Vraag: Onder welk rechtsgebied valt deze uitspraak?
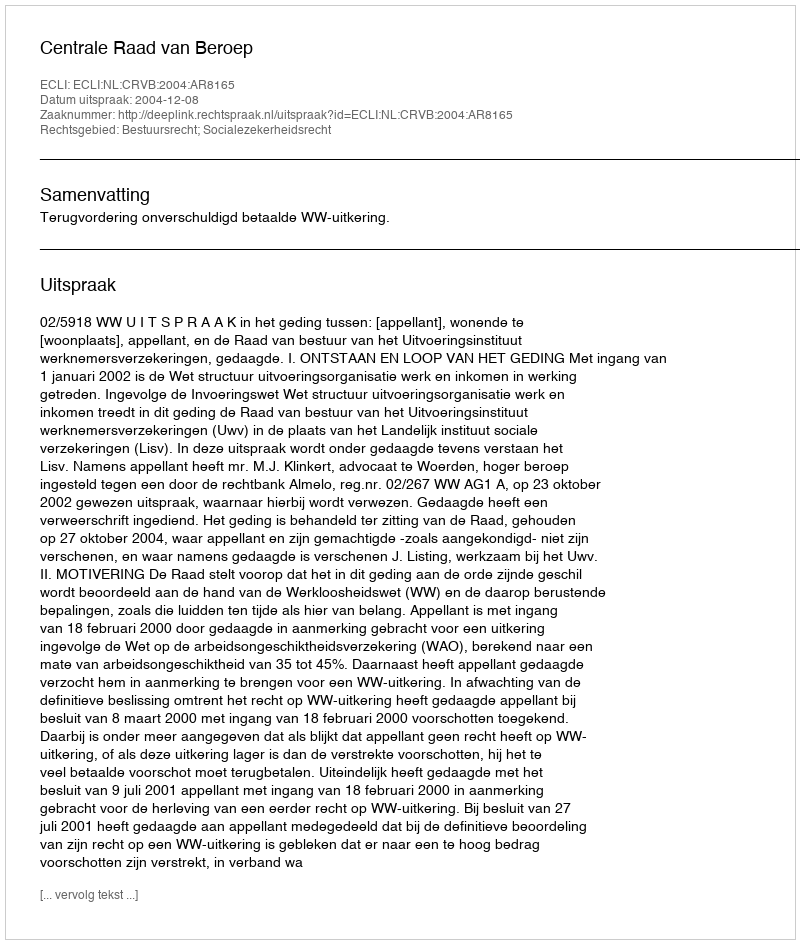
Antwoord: Bestuursrecht; Socialezekerheidsrecht